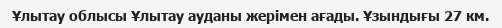
Ұлытау облысы Ұлытау ауданы жерімен ағады. Ұзындығы 27 км.